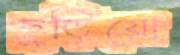
ছুড়িয়ো